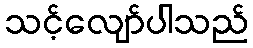
သင့်လျော်ပါသည်